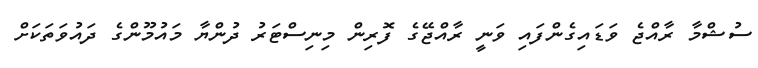
ސުޝްމާ ރާއްޖެ ވަޑައިގެންފައި ވަނީ ރާއްޖޭގެ ފޮރިން މިނިސްޓަރު ދުންޔާ މައުމޫންގެ ދައުވަތަކަށް